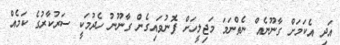
އަދި އެކަމަށް ގާނޫނެއް ނެތްނަމަ މަޖިލީހަށް ފޮނުވައިގެން ގާނޫނު ހެދުމަކީ ސަރުކާރުގެ ކަމެއް